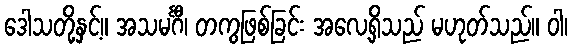
ဒေါသတို့နှင့်။ အသမင်္ဂီ၊ တကွဖြစ်ခြင်း အလေ့ရှိသည် မဟုတ်သည်။ ဝါ၊